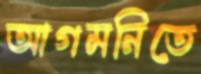
আগমনিতে